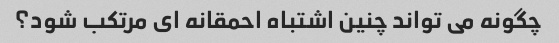
چگونه می تواند چنین اشتباه احمقانه ای مرتکب شود؟